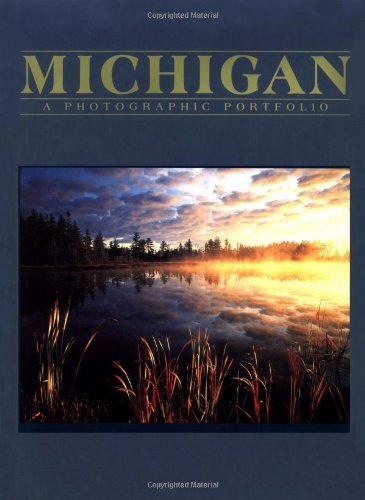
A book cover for Michigan: A Photographic Portfolio Book; David Muench; Travel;